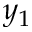
y _ { 1 }